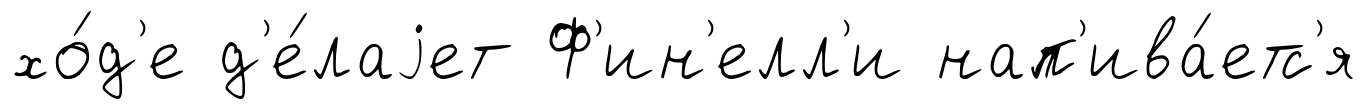
хо́д'е д'е́лаjет Ф'ин'елл'и нап'ива́етс'я